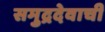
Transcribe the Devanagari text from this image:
समुद्रदेवाची